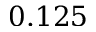
0 . 1 2 5